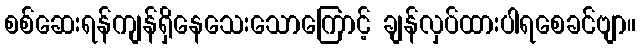
စစ်ဆေးရန်ကျန်ရှိနေသေးသောကြောင့် ချန်လှပ်ထားပါရစေခင်ဗျာ။